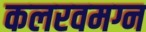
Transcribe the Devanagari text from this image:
कलरवमग्न